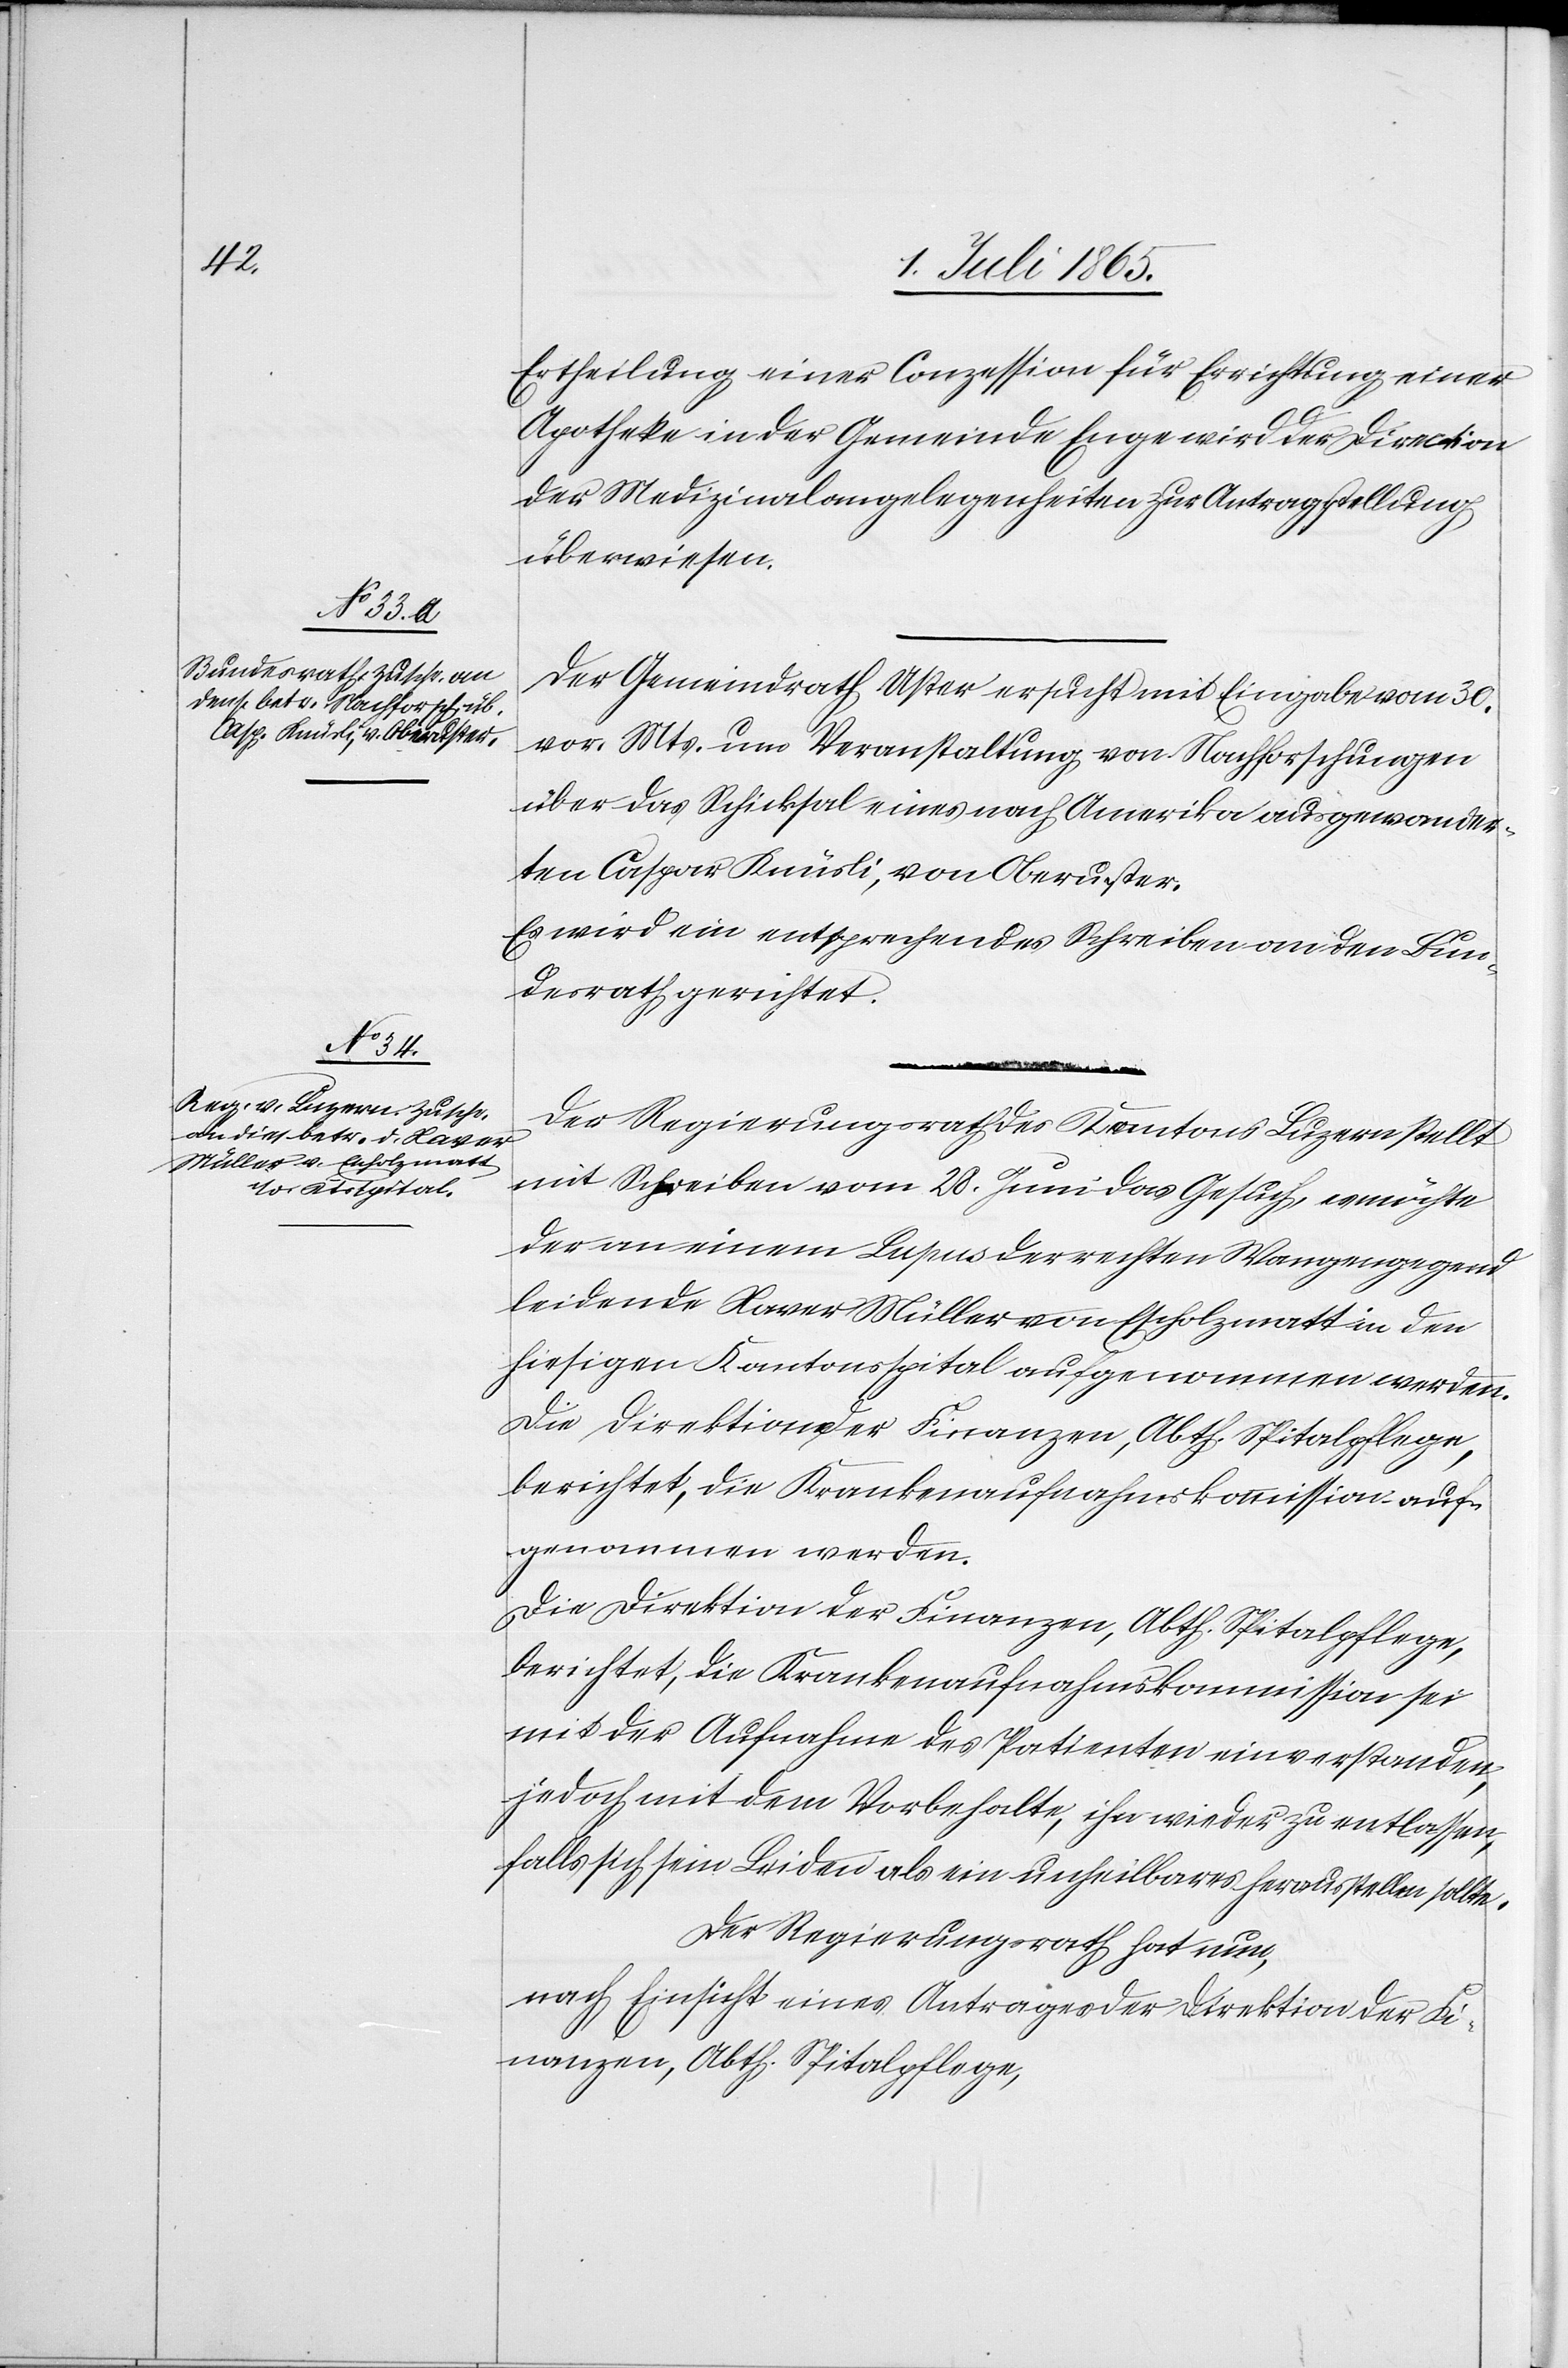
3. Juli 1865.]
Ertheilung einer Conzession für Errichtung einer
Apotheke in der Gemeinde Enge wird der Direction
der Medizinalangelegenheiten zur Antragstellung
überwiesen.
Der Gemeindrath Uster ersucht mit Eingabe vom 30.
vor. Mts. um Veranstaltung von Nachforschungen
über das Schicksal eines nach Amerika ausgewander¬
ten Caspar Knüsli, von Oberuster.
Es wird ein entsprechendes Schreiben an den Bun¬
desrath gerichtet.
Der Regierungsrath des Kantons Luzern stellt
mit Schreiben vom 28. Juni das Gesuch, es möchte
der an einem Lupus der rechten Wangengegend
leidende Xaver Müller von Escholzmatt in den
hiesigen Kantonsspital aufgenommen werden.
berichtet, die Krankenaufnahmskommission auf¬
genommen werden.
Die Direktion der Finanzen, Abth. Spitalpflege,
berichtet, die Krankenaufnahmskommission sei
mit der Aufnahme des Patienten einverstanden,
jedoch mit dem Vorbehalte, ihn wieder zu entlassen,
falls sich sein Leiden als ein unheilbares herausstellen sollte.
Der Regierungsrath hat nun,
nach Einsicht eines Antrages der Direktion der Fi¬
nanzen, Abth. Spitalpflege